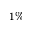
1 \%